Civil Veterinary Dept. Bombay admin report 1923-31 - 1923-1931
Year: 1923
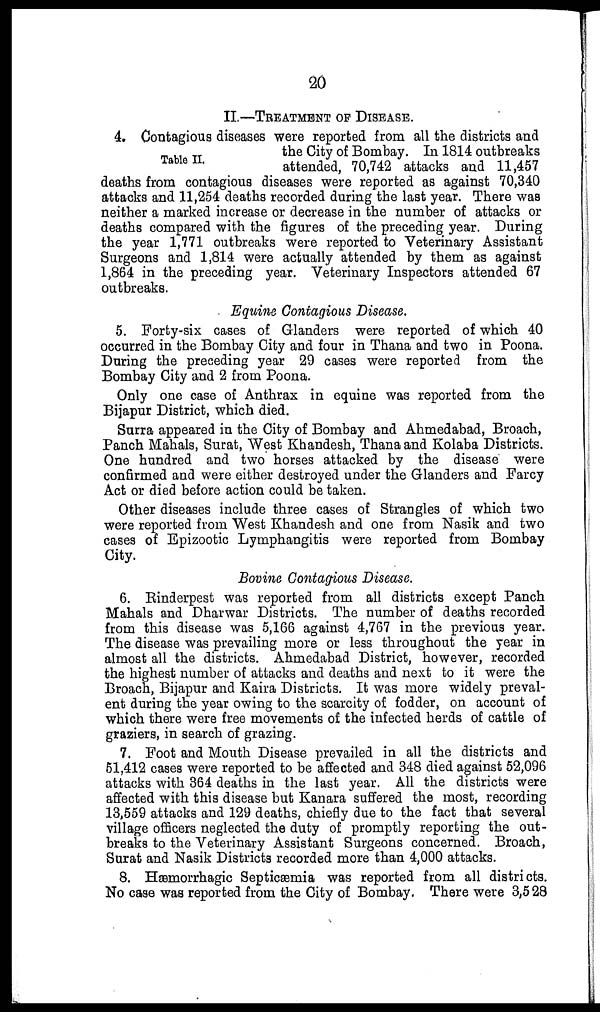
20
II.—TREATMENT OF DISEASE.
Table II.
4. Contagious diseases were reported from all the districts and
the City of Bombay. In 1814 outbreaks
attended, 70,742 attacks and 11,457
deaths from contagious diseases were reported as against 70,340
attacks and 11,254 deaths recorded during the last year. There was
neither a marked increase or decrease in the number of attacks or
deaths compared with the figures of the preceding year. During
the year 1,771 outbreaks were reported to Veterinary Assistant
Surgeons and 1,814 were actually attended by them as against
1,864 in the preceding year. Veterinary Inspectors attended 67
outbreaks.
Equine Contagious Disease.
5. Forty-six cases of Glanders were reported of which 40
occurred in the Bombay City and four in Thana and two in Poona.
During the preceding year 29 cases were reported from the
Bombay City and 2 from Poona.
Only one case of Anthrax in equine was reported from the
Bijapur District, which died.
Surra appeared in the City of Bombay and Ahmedabad, Broach,
Panch Mahals, Surat, West Khandesh, Thana and Kolaba Districts.
One hundred and two horses attacked by the disease were
confirmed and were either destroyed under the Glanders and Farcy
Act or died before action could be taken.
Other diseases include three cases of Strangles of which two
were reported from West Khandesh and one from Nasik and two
cases of Epizootic Lymphangitis were reported from Bombay
City.
Bovine Contagious Disease.
6. Rinderpest was reported from all districts except Panch
Mahals and Dharwar Districts. The number of deaths recorded
from this disease was 5,166 against 4,767 in the previous year.
The disease was prevailing more or less throughout the year in
almost all the districts. Ahmedabad District, however, recorded
the highest number of attacks and deaths and next to it were the
Broach, Bijapur and Kaira Districts. It was more widely preval-
ent during the year owing to the scarcity of fodder, on account of
which there were free movements of the infected herds of cattle of
graziers, in search of grazing.
7. Foot and Mouth Disease prevailed in all the districts and
51,412 cases were reported to be affected and 348 died against 52,096
attacks with 364 deaths in the last year. All the districts were
affected with this disease but Kanara suffered the most, recording
13,559 attacks and 129 deaths, chiefly due to the fact that several
village officers neglected the duty of promptly reporting the out-
breaks to the Veterinary Assistant Surgeons concerned. Broach,
Surat and Nasik Districts recorded more than 4,000 attacks.
8. Hæmorrhagic Septicæmia was reported from all districts
No case was reported from the City of Bombay. There were 3,528